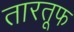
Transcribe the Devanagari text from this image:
तारतूफ